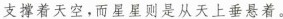
支撑着天空，而星星则是从天上垂悬着。